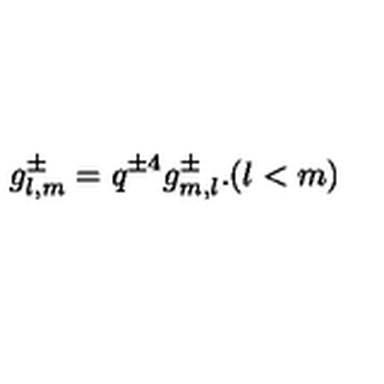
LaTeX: g _ { l , m } ^ { \pm } = q ^ { \pm 4 } g _ { m , l } ^ { \pm } . ( l < m )